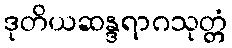
ဒုတိယဆန္ဒရာဂသုတ္တံ